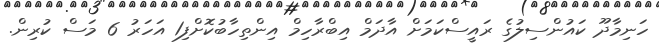
ހަނިމާދޫ ކައުންސިލުގެ ރައީސްކަމަށް އާދަމް އިބްރާހިމް އިންތިހާބުކޮށްފި1 އަހަރު 6 މަސް ކުރިން.